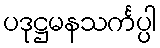
ပဒုဋ္ဌမနသင်္ကပ္ပါ